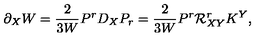
\partial _ { X } W = \frac { 2 } { 3 W } P ^ { r } D _ { X } P _ { r } = \frac { 2 } { 3 W } P ^ { r } { \cal R } _ { X Y } ^ { r } K ^ { Y } ,